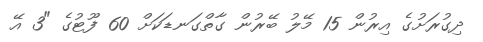
ދިގުރަށުގެ އިރުން 15 މޭލު ބޭރުން ގާތްގަނޑަކަށް 60 ފޫޓުގެ "3 އޭ